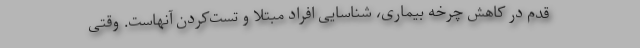
قدم در کاهش چرخه بیماری، شناسایی افراد مبتلا و تست‌کردن آنهاست. وقتی